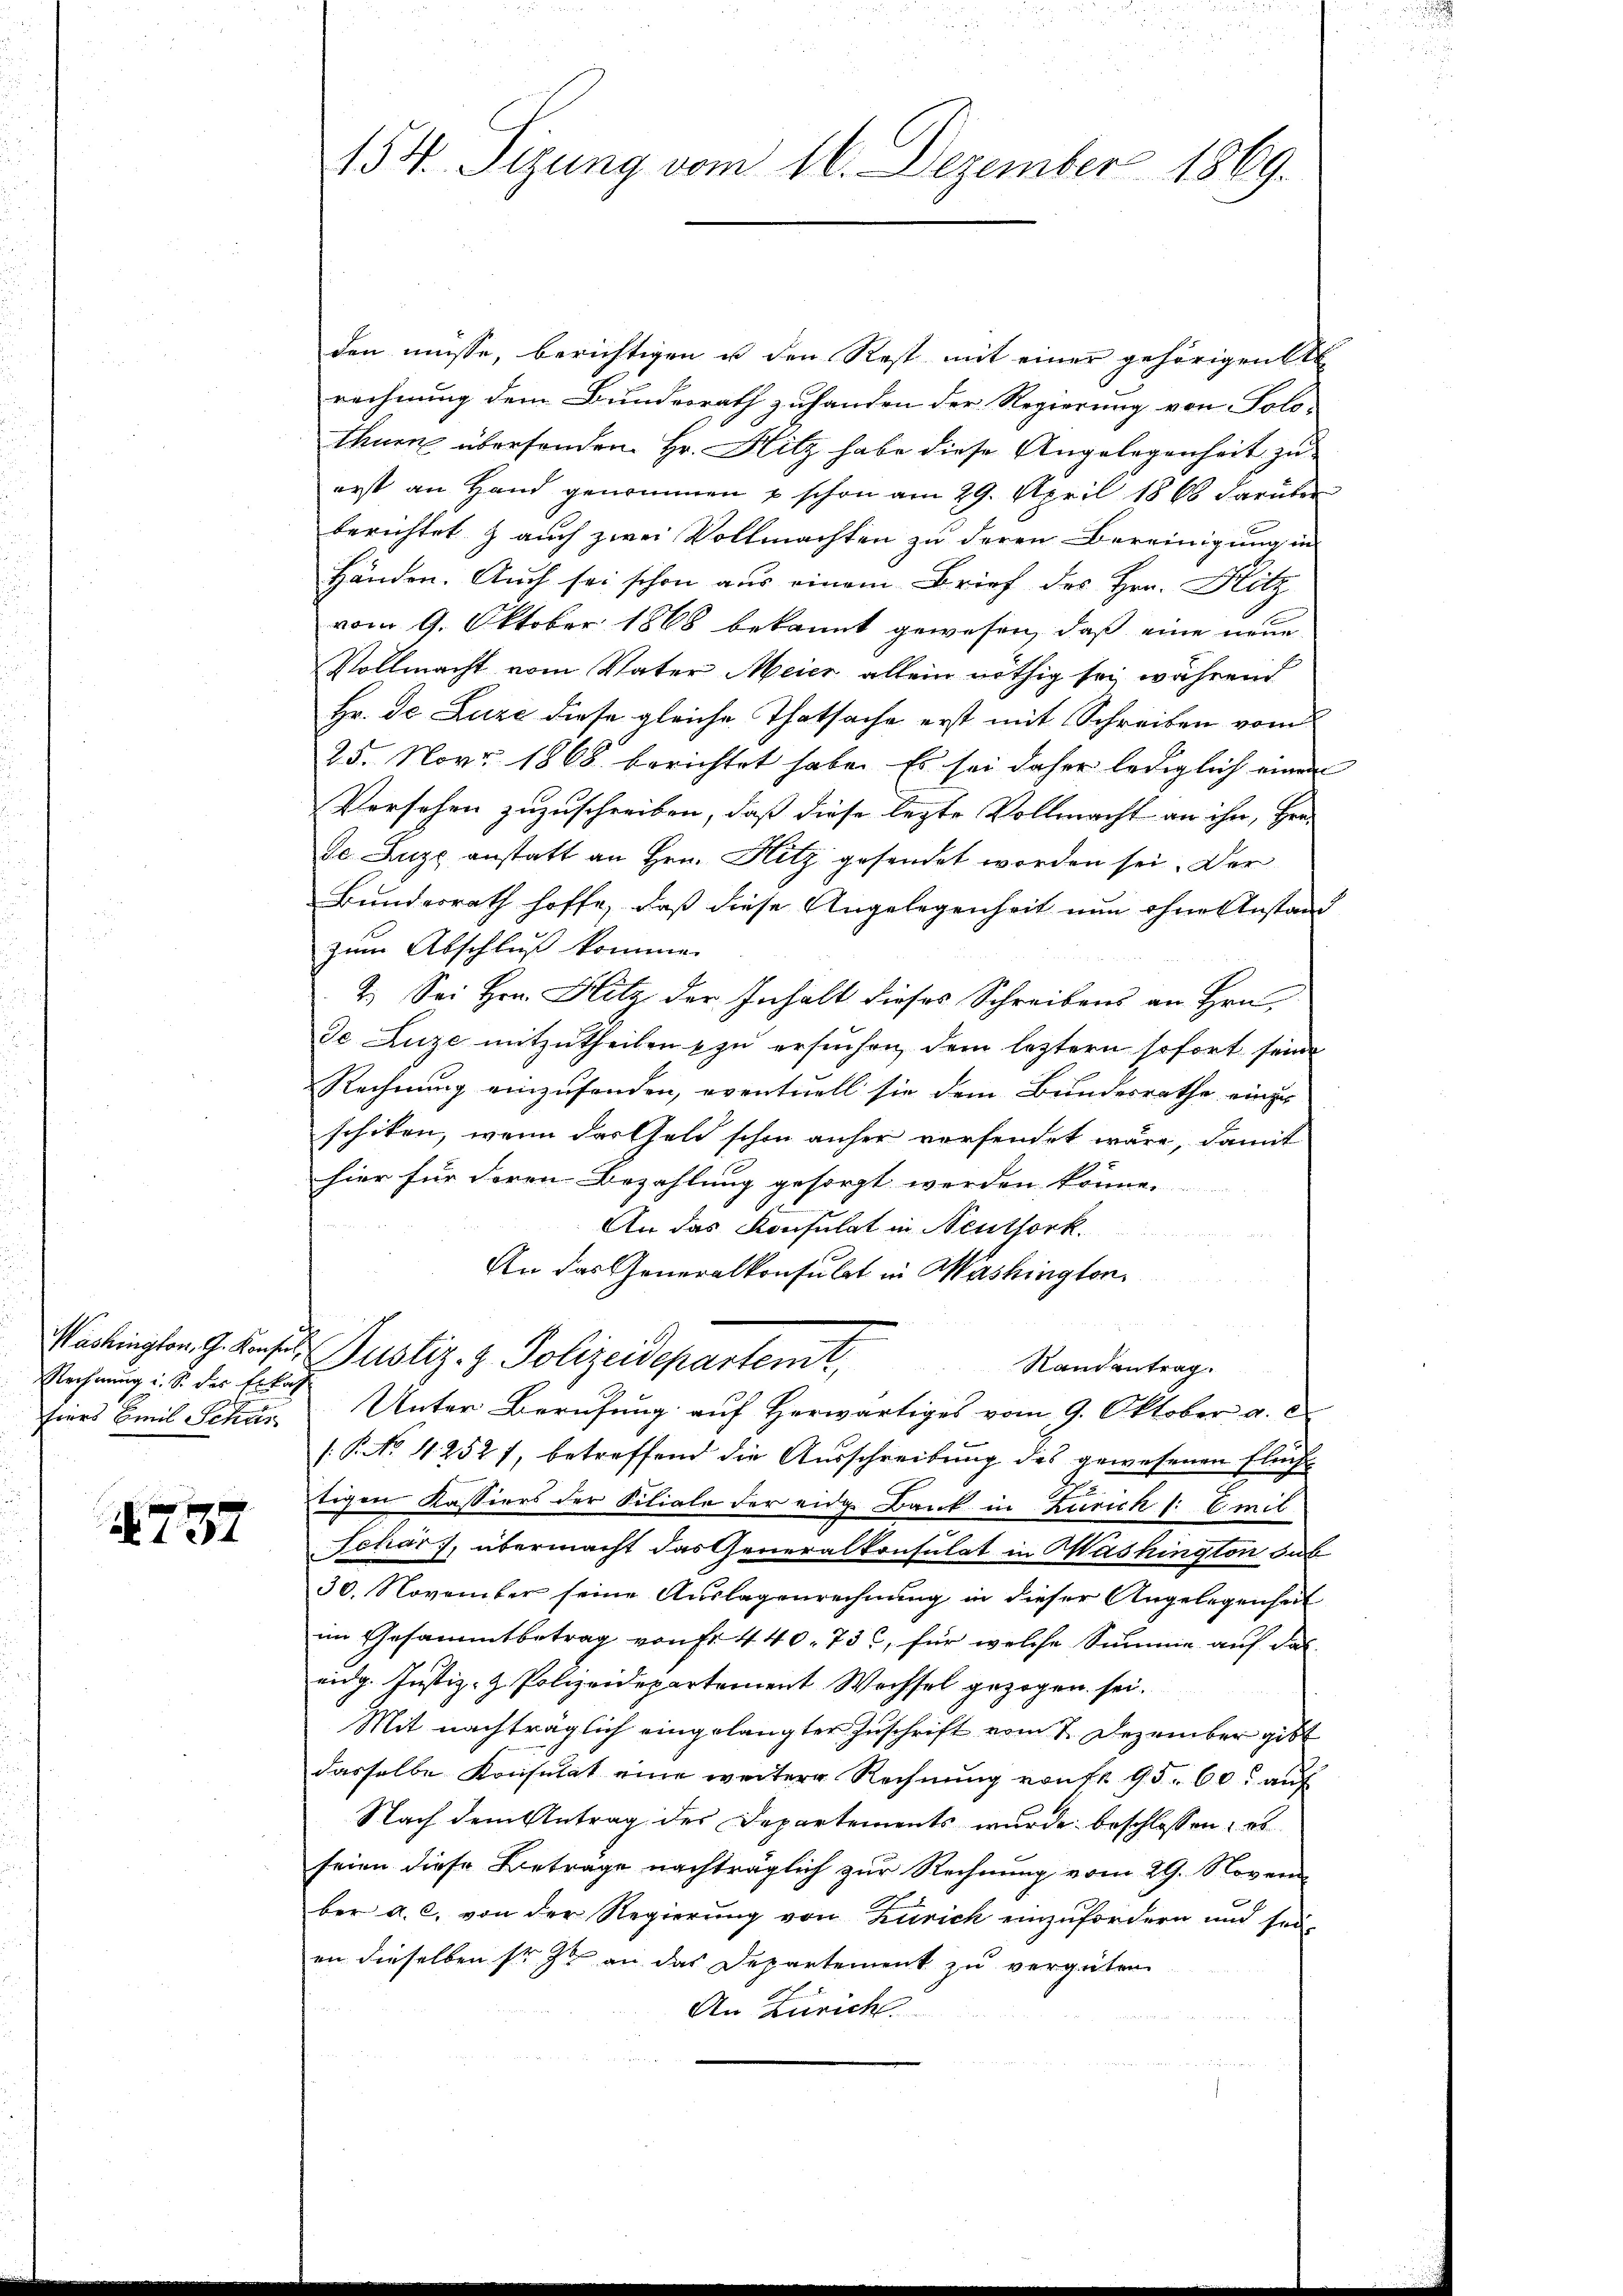
Washington, G. Konsil,
Rechnung i. S. des Erkal
fiers Emil Schar

§. 737

154. Sizung vom 16. Dezember 1869.

den müsse, berichtigen u den Rest mit einer gehörigen Ab
rechnung dem Bundesrath zuhanden der Regierung von Solo-
theuen überhanden. Hr. Hitz habe diese Angelegenheit zu
erst an Hand genommen u schon am 29. April 1868 darüber
berichtet & auch zwei Vollmachten zu deren Bereinigung in
Händen. Auch sei schon aus einem Brief des Hrn. Hitz
vom 9. Oktober 1868 bekannt gewesen, daß eine neue
Vollmacht vom Vater Meier allein nöthig sei, während
Hr. De Luze diese gleiche Thatsache erst mit Schreiben vom
25. Nov. 1868 berichtet habe. Es sei daher lediglich einen
Versehen zuzuschreiben, daß diese lezte Vollmacht an ihn, Her-
de Luze anstatt an Hrn. Hitz gesendet worden sei. Der
Bundesrath hoffe, daß diese Angelegenheit nun ohne Anstand
zum Abschluß kommen.
2.) Sei Hrn. Hitz der Inhalt dieses Schreibens an Hrn.
de Luze mitzutheilen zu ersuchen, dem leztern sofort seine
Rechnung einzusenden, eventuell sie dem Bundesrathe einer
schiken, wenn das Geld schon anher vorfendet wäre, damit
hier für deren Bezahlung gesorgt werden können.
An das Konsulat in Neuthork
An das Generalkonsulat in Washington
Justiz- & Polizeidepartemt,
Randantrag.
Unter Berufung auf Herwärtiges vom 9. Oktober a. c.
/: No 1252), betreffend die Ausschreibung des gewesenen Fluch
tigen Kassiers der Filiale der eidg. Bank in Kurich f. E. mit
Schar, übermacht das Generalkonsulat in Washington dab
30. November seine Auslagenrechnung in dieser Angelegenheit
im Gesammtbetrag von Fr. 440. 732, für welche Summe auf das
eidg. Justiz- & Polizeidepartement Wechsel gezogen sei.
Mit nachträglich eingelangter Zuschrift vom 7. Dezember gibt
dasselbe Konsulat eine weitere Rechnung von fr. 95. 60. auf
Nach dem Antrag des Departements wurde beschlossen: es
seien diese Betrage nachträglich zur Rechnung vom 29. Novem
ber a. c. von der Regierung von Zürich einzufordern und sei-
an dieselben sr. I an das Departement zu vergüten
An Zürich.